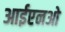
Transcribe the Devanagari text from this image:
आईएनओ